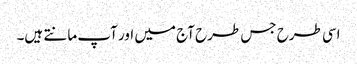
اسی طرح جس طرح آج میں اور آپ مانتے ہیں۔